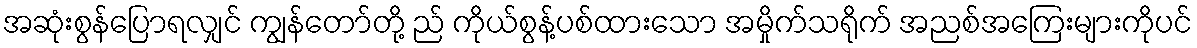
အဆုံးစွန်ပြောရလျှင် ကျွန်တော်တို့ ည် ကိုယ်စွန့်ပစ်ထားသော အမှိုက်သရိုက် အညစ်အကြေးများကိုပင်